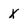
Character: x